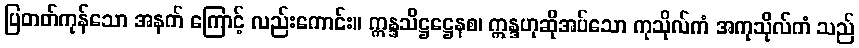
ပြတတ်ကုန်သော အနက် ကြောင့် လည်းကောင်း။ ဣန္ဒသိဋ္ဌဋ္ဌေနစ၊ ဣန္ဒဟုဆိုအပ်သော ကုသိုလ်ကံ အကုသိုလ်ကံ သည်